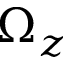
\Omega _ { z }